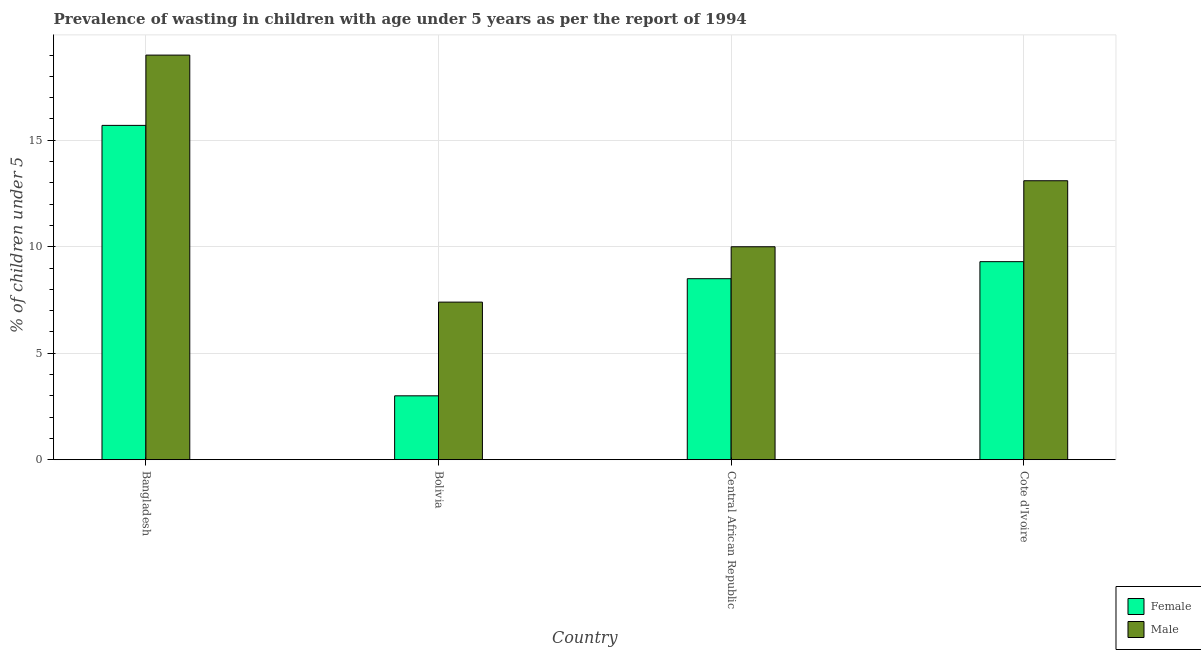
| Country | Female | Male |
 | --- | --- | --- |
 | Bangladesh | 15.7 | 19 |
 | Bolivia | 3 | 7.4 |
 | Central African Republic | 8.5 | 10 |
 | Cote d'Ivoire | 9.3 | 13.1 |